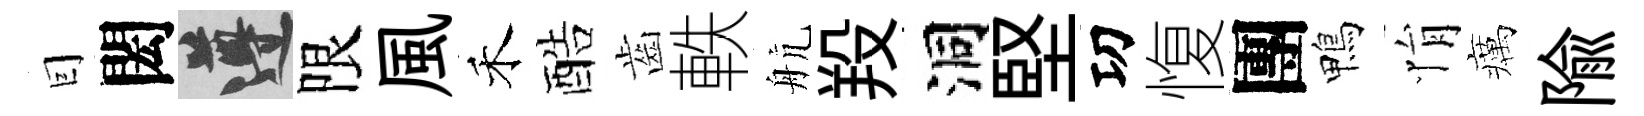
囙閎遵限風禾酷齒軼航羖洞堅㓛愎團鴨悁癘隃